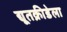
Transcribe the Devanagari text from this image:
द्यूतक्रीडेला